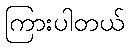
ကြားပါတယ်